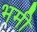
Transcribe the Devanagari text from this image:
भमी